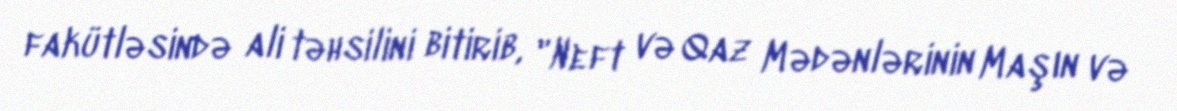
fakütləsində ali təhsilini bitirib, "Neft və Qaz Mədənlərinin Maşın və